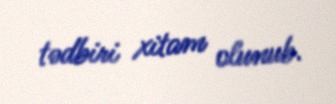
tədbiri xitam olunub.